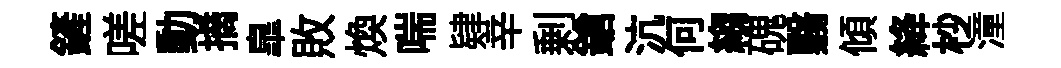
鏟嗟動摘臯敗焕喘肄辛剰鎗沆何縐磈翳傾絳杪潼